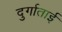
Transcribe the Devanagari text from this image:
दुर्गाताई